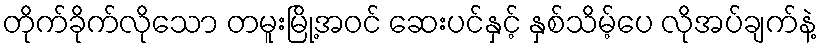
တိုက်ခိုက်လိုသော တမူးမြို့အဝင် ဆေးပင်နှင့် နှစ်သိမ့်ပေ လိုအပ်ချက်နဲ့